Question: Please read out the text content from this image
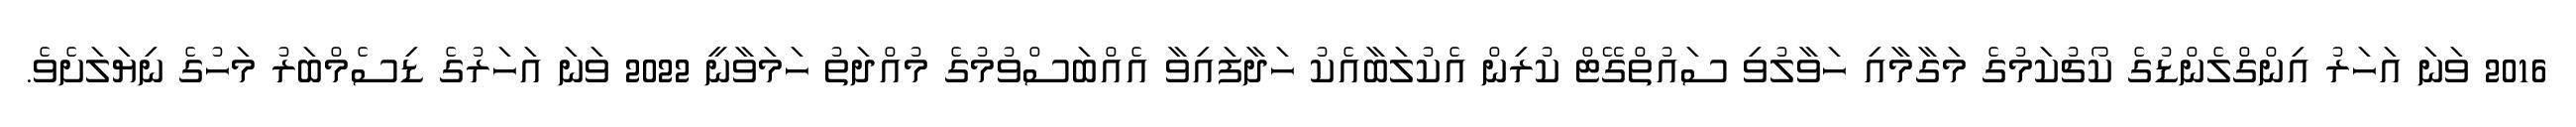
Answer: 2016 ވަނަ އަހަރު އިންގްލެންޑުގެ ކޯޗުކަމުގެ މަގާމާއި ހަވާލުވި ސައުތްގޭޓް ކުރިން އެކުލަބާއެކު ހަދާފައިވާ އެއްބަސްވުމުގެ މުއްދަތު ހަމަވާނީ 2022 ވަނަ އަހަރުގެ ޑިސެމްބަރު މަހުގެ ނިޔަލަށެވެ.